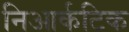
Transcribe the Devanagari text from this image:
निआर्कटिक